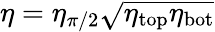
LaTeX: \eta=\eta_{\pi/2}\sqrt{\eta_{\mathrm{top}}\eta_{\mathrm{bot}}}